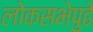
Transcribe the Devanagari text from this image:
लोकसभेपुढे